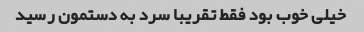
خیلی خوب بود فقط تقریبا سرد به دستمون رسید